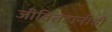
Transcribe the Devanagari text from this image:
जीवितहानीही